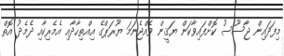
މިފަދައިން ޖާސޫސު ކޮށްފައިވާކަން ޔަޤީން ވެއްޖެނަމަ ޔޫރަޕްގެ އިއްތިހާދާއި އެމެރިކާއި ދެމެދު އޮތް